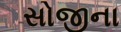
સોજીના